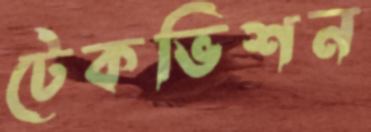
টেকভিশন